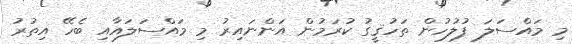
މި މައްސަލަ ފުލުހުން ތަހުޤީގު ކުރަމުން އަންނައިރު މި މައްސަލައާއި ބެހޭ އިތުރު